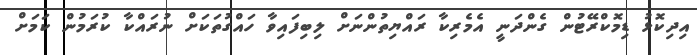
އިދިކޮޅު ޑިމޮކްރޭޓުން ގެންދަނީ އެމެރިކާ ރައްޔިތުންނަށް ލިބިފައިވާ ހައްގުތަކަށް ނުރައްކާ ކުރަމުން ކަމަށް